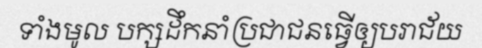
ទាំងមូល បក្សដឹកនាំប្រជាជនធ្វើឲ្យបរាជ័យ